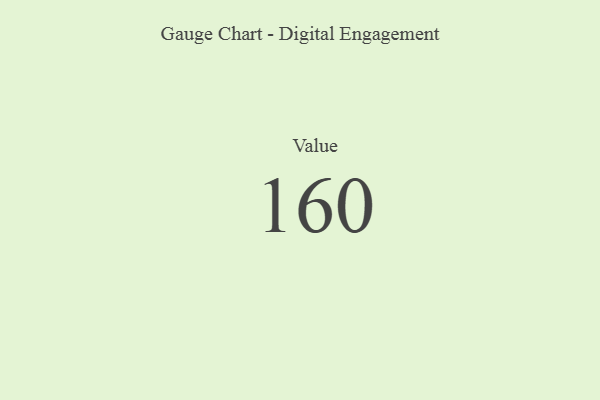
{"axis": {"x": "Metric", "y": "Value"}, "legend": [""], "data": [{"x": "Value", "y": 160, "type": ""}]}